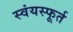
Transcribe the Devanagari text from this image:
स्वंयस्फूर्त